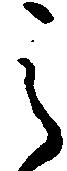
之